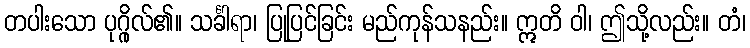
တပါးသော ပုဂ္ဂိုလ်၏။ သင်္ခါရာ၊ ပြုပြင်ခြင်း မည်ကုန်သနည်း။ ဣတိ ဝါ၊ ဤသို့လည်း။ တံ၊